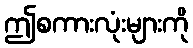
ဤစကားလုံးများကို